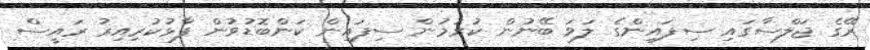
ރޭގެ ޖަލްސާގައި ސިފައިންގެ ލަވަ ބޭނުން ކުރުމުން ސިފައިން ކަންބޮޑުވުން ފާޅުކުރިއިރު ރައީސް